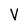
Character: V